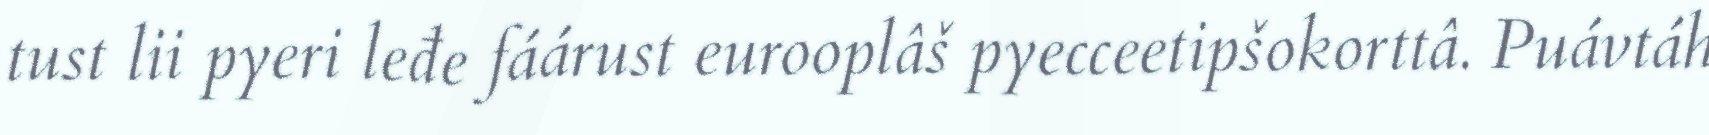
tust lii pyeri leđe fáárust eurooplâš pyecceetipšokorttâ. Puávtáh